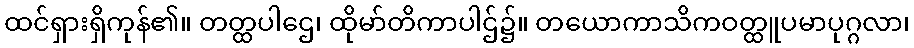
ထင်ရှားရှိကုန်၏။ တတ္ထပါဌေ၊ ထိုမာ်တိကာပါဌ်၌။ တယောကာသိကဝတ္ထူပမာပုဂ္ဂလာ၊